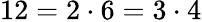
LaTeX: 12=2\cdot 6=3\cdot 4